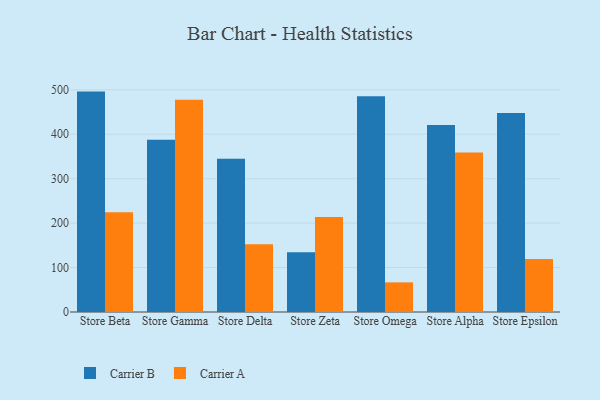
{"axis": {"x": "Store", "y": "Gross Profit (USD K)"}, "legend": ["Carrier A", "Carrier B"], "data": [{"x": "Store Beta", "y": 496.0, "type": "Carrier B"}, {"x": "Store Beta", "y": 224.6, "type": "Carrier A"}, {"x": "Store Gamma", "y": 387.8, "type": "Carrier B"}, {"x": "Store Gamma", "y": 477.9, "type": "Carrier A"}, {"x": "Store Delta", "y": 345.0, "type": "Carrier B"}, {"x": "Store Delta", "y": 152.3, "type": "Carrier A"}, {"x": "Store Zeta", "y": 134.6, "type": "Carrier B"}, {"x": "Store Zeta", "y": 213.8, "type": "Carrier A"}, {"x": "Store Omega", "y": 485.8, "type": "Carrier B"}, {"x": "Store Omega", "y": 66.7, "type": "Carrier A"}, {"x": "Store Alpha", "y": 420.9, "type": "Carrier B"}, {"x": "Store Alpha", "y": 358.7, "type": "Carrier A"}, {"x": "Store Epsilon", "y": 448.1, "type": "Carrier B"}, {"x": "Store Epsilon", "y": 119.3, "type": "Carrier A"}]}